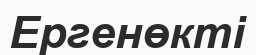
Ергенөкті